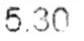
5.30